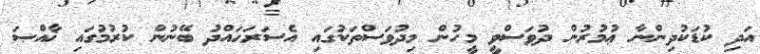
އަދި ކުޑަކުދިންނާ ޢުމުރުން ދުވަސްވީ މީހުން މިދުވަސްތަކުގައި އެސަރަޙައްދު ބޭނުން ކުރުމުގައި ޚާއްޞަ